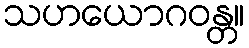
သဟယောဂဝန္တ။